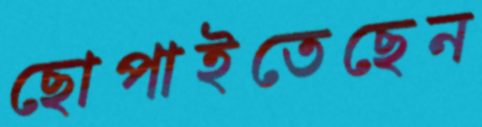
ছোপাইতেছেন